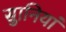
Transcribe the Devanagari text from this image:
सुानियां